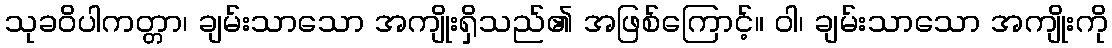
သုခဝိပါကတ္တာ၊ ချမ်းသာသော အကျိုးရှိသည်၏ အဖြစ်ကြောင့်။ ဝါ၊ ချမ်းသာသော အကျိုးကို